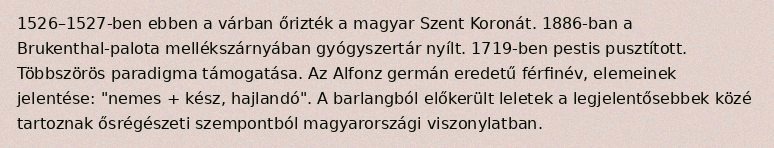
1526–1527-ben ebben a várban őrizték a magyar Szent Koronát. 1886-ban a Brukenthal-palota mellékszárnyában gyógyszertár nyílt. 1719-ben pestis pusztított. Többszörös paradigma támogatása. Az Alfonz germán eredetű férfinév, elemeinek jelentése: "nemes + kész, hajlandó". A barlangból előkerült leletek a legjelentősebbek közé tartoznak ősrégészeti szempontból magyarországi viszonylatban.